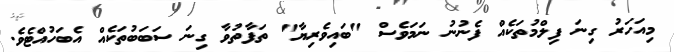
މިއަހަރު ގިނަ ފިލްމުތަކެއް ފެނުނު ނަމަވެސް "ބައިވެރިޔާ" ތަފާތުވާ ގިނަ ސަބަބުތަކެއް އެބަހުއްޓެވެ.